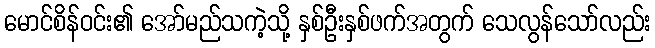
မောင်စိန်ဝင်း၏ အော်မည်သကဲ့သို့ နှစ်ဦးနှစ်ဖက်အတွက် သေလွန်သော်လည်း